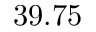
3 9 . 7 5